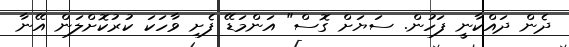
ދެން ދައްކާނީ ފަހުން. ސަޔަށް ގޮސް" އަންމަޑޭ ފެށި ވާހަކަ ކުރުކޮށްލަން އޭނާ